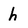
Character: h